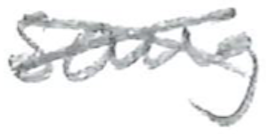
Text: sang
Cross-out: cross
Writing tool: pencil